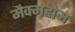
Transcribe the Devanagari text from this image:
मैक्महोम